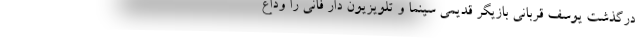
درگذشت یوسف قربانی بازیگر قدیمی سینما و تلویزیون دار فانی را وداع